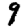
Digit: 9